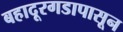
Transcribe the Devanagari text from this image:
बहादूरगडापासून